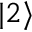
| 2 \rangle